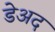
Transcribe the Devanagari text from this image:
डेअद